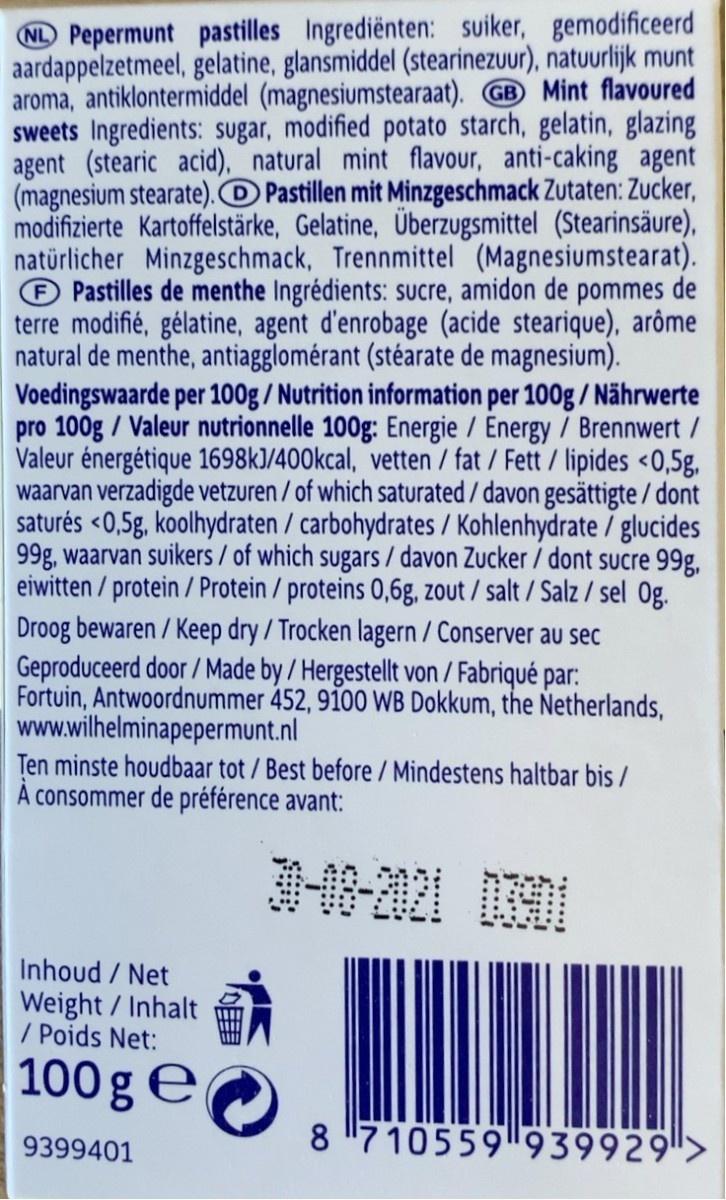
(N Pepermunt pastilles Ingrediënten: suiker, gemodificeerd aardappelzetmeel, gelatine, glansmiddel (stearinezuur), natuurlijk munt aroma, antiklontermiddel (magnesiumstearaat). GB Mint flavoured sweets Ingredients: sugar, modified potato starch, gelatin, glazing agent (stearic acid), natural mint flavour, anti-caking agent (magnesium stearate).O Pastillen mit Minzgeschmack Zutaten: Zucker, modifizierte Kartoffelstärke, Gelatine, Überzugsmittel (Stearinsäure), natürlicher Minzgeschmack, Trennmittel (Magnesiumstearat). O Pastilles de menthe Ingrédients: sucre, amidon de pommes de terre modifié, gélatine, agent d'enrobage (acide stearique), arôme natural de menthe, antiagglomérant (stéarate de magnesium). Voedingswaarde per 100g / Nutrition information per 100g / Nährwerte pro 100g / Valeur nutrionnelle 100g: Energie / Energy / Brennwert / Valeur énergétique 1698kJ/400kcal, vetten / fat / Fett / lipides <0,5g, waarvan verzadigde vetzuren / of which saturated / davon gesättigte / dont saturés <0,5g, koolhydraten / carbohydrates / Kohlenhydrate / glucides 99g, waarvan suikers / of which sugars / davon Zucker / dont sucre 99g, eiwitten / protein / Protein / proteins 0,6g, zout / salt / Salz / sel 0g. Droog bewaren / Keep dry / Trocken lagern / Conserver au sec Geproduceerd door / Made by / Hergestellt von / Fabriqué par: Fortuin, Antwoordnummer 452, 9100 WB Dokkum, the Netherlands, www.wilhelminapepermunt.nl Ten minste houdbaar tot / Best before / Mindestens haltbar bis / A consommer de préférence avant:
Inhoud / Net Weight / Inhalt / Poids Net:
100 ge
9399401
8 "710559939929">